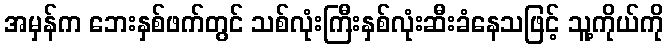
အမှန်က ဘေးနှစ်ဖက်တွင် သစ်လုံးကြီးနှစ်လုံးဆီးခံနေသဖြင့် သူ့ကိုယ်ကို